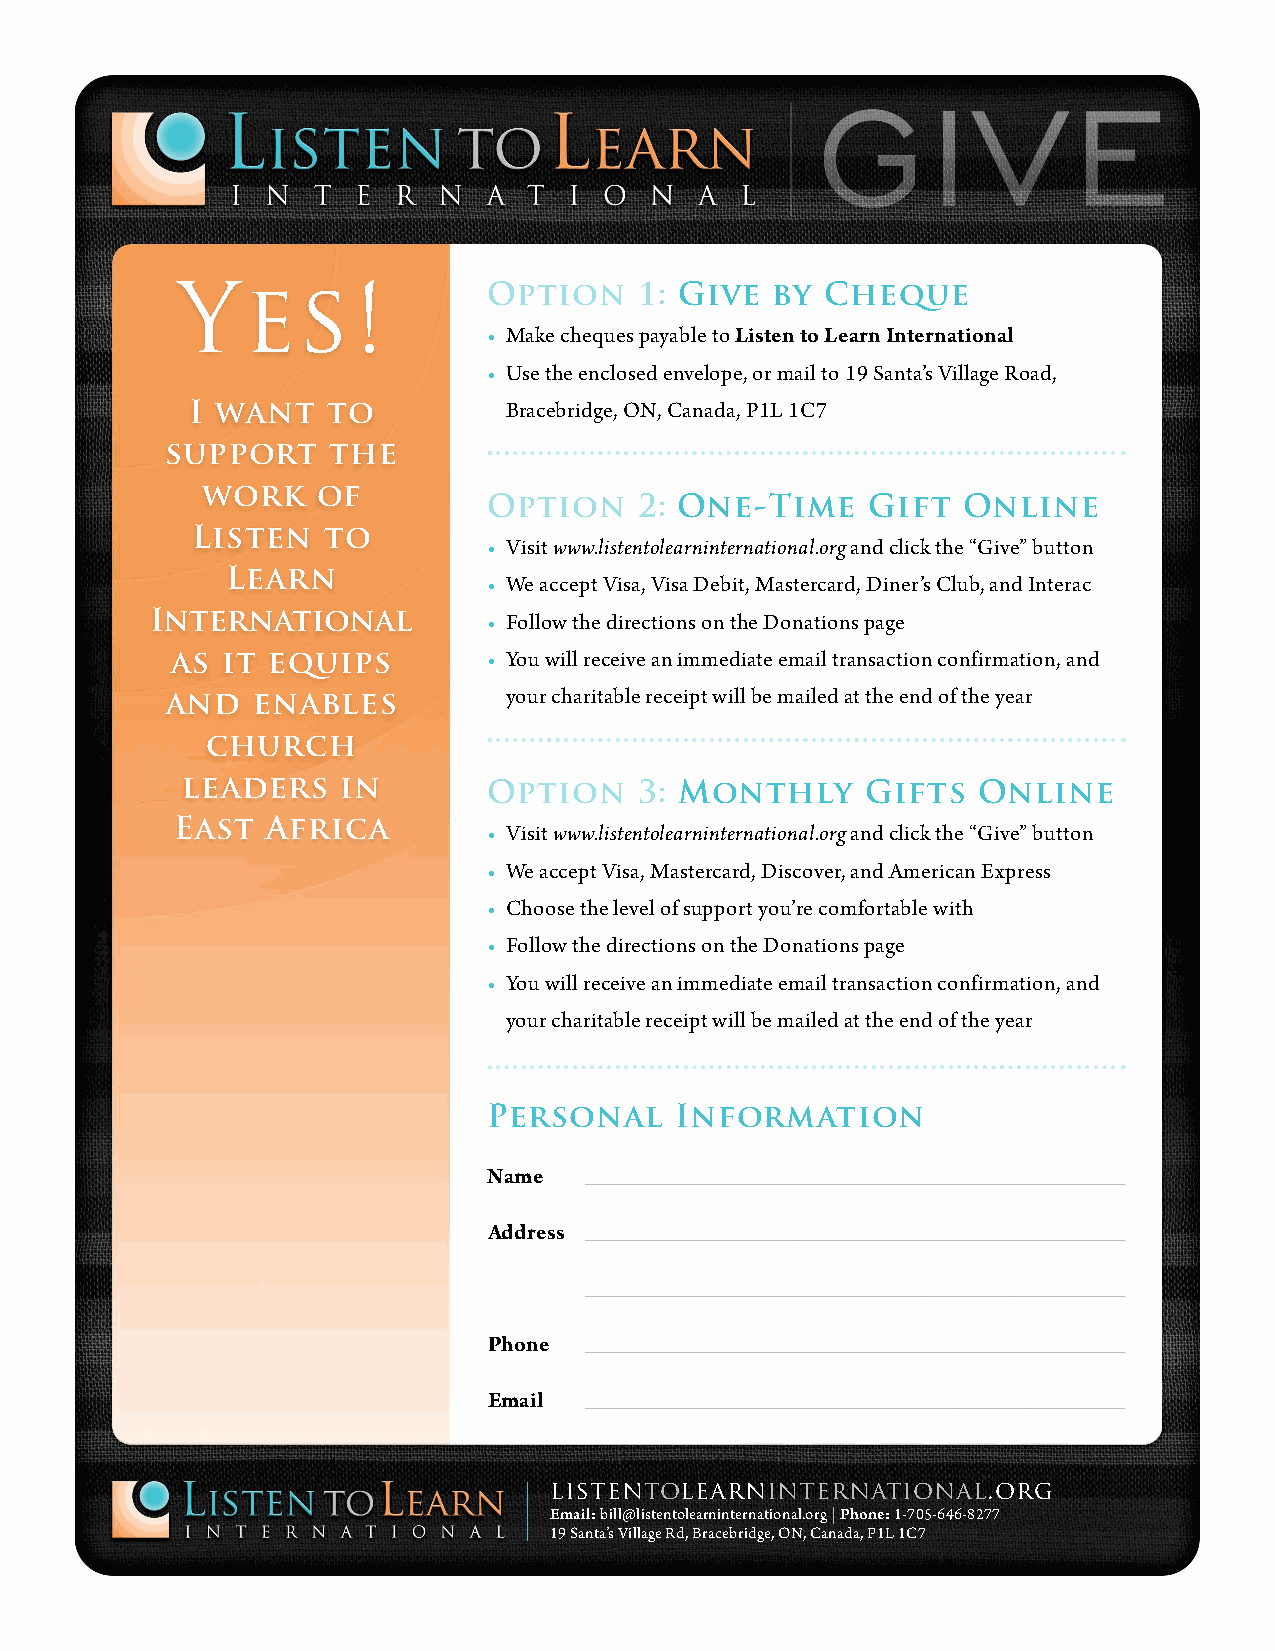
Yes!                Option    1: Give  by Cheque
 • Make cheques payable to Listen to Learn International
 • Use the enclosed envelope, or mail to 19 Santa’s Village Road,
 I want    to          Bracebridge, ON, Canada, P1L 1C7
 support    the
 work    of
 Option    2: One-Time    Gift   Online
 Listen  to
 • Visit www.listentolearninternational.org and click the “Give” button
 Learn
 • We accept Visa, Visa Debit, Mastercard, Diner’s Club, and Interac
 International         • Follow the directions on the Donations page
 as  it equips        • You will receive an immediate email transaction confirmation, and
 and   enables          your charitable receipt will be mailed at the end of the year
 church
 leaders    in       Option    3: Monthly     Gifts   Online
 East   Africa
 • Visit www.listentolearninternational.org and click the “Give” button
 • We accept Visa, Mastercard, Discover, and American Express
 • Choose the level of support you’re comfortable with
 • Follow the directions on the Donations page
 • You will receive an immediate email transaction confirmation, and
 your charitable receipt will be mailed at the end of the year
 Personal     Information
 Name   ____________________________________________
 Address ____________________________________________
 ____________________________________________
 Phone  ____________________________________________
 Email  ____________________________________________
 listentolearninternational.org
 Email: bill@listentolearninternational.org | Phone: 1-705-646-8277
 19 Santa’s Village Rd, Bracebridge, ON, Canada, P1L 1C7